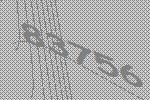
83756